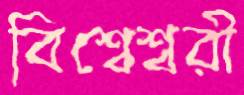
বিশ্বেশ্বরী